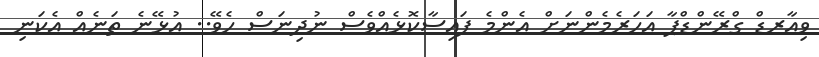
ވިއާރޑް ގްރޭންޑްޕާ އަހަރެމެންނަށް އެންމެ ފައިސާކޮޅެއްވެސް ނުދިނަސް ހެވޭ.. އުޅޭނެ ތަނެއް އެކަނި